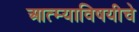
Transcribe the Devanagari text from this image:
आत्म्याविषयीचे